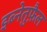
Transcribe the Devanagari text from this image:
इब्नेतुफ़ैल